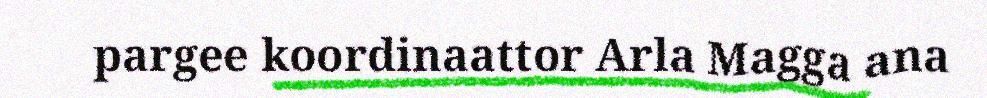
pargee koordinaattor Arla Magga ana